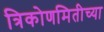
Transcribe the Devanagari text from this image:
त्रिकोणमितीच्या